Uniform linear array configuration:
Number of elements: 48
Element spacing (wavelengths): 0.5
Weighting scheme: blackman
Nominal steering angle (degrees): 15
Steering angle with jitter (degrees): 16.681
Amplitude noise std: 0.05
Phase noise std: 0.05

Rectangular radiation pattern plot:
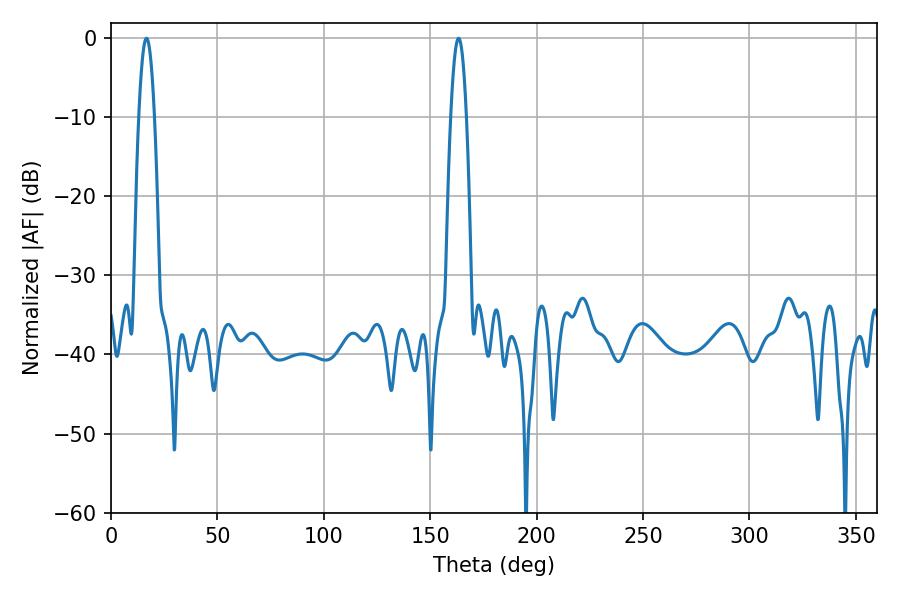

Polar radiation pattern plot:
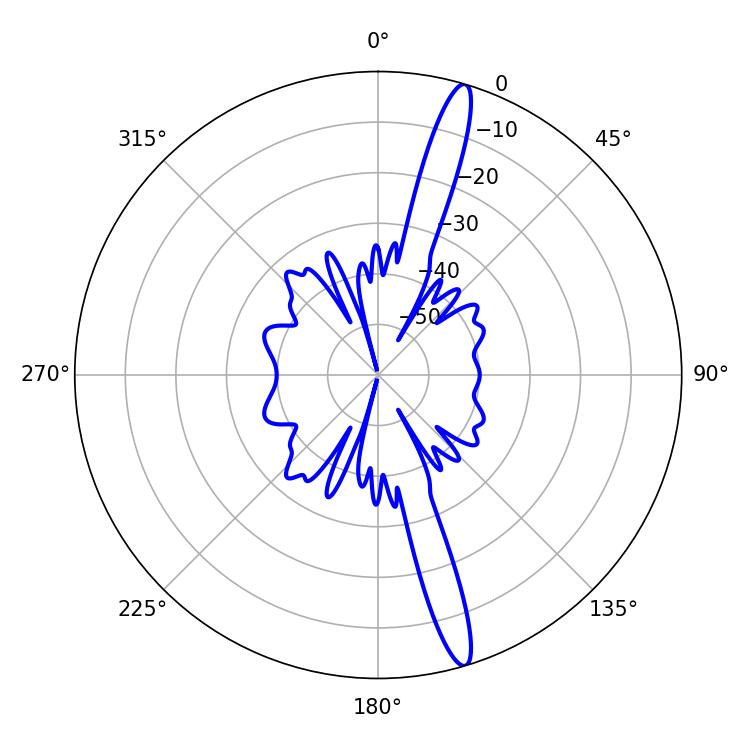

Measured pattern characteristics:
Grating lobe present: FALSE
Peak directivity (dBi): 16.584
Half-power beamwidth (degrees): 3.96
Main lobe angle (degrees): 16.74